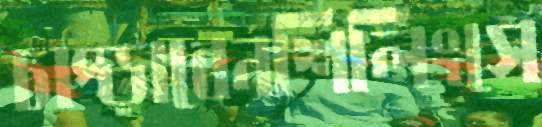
চাপ্‌ড়াবেনশিলিংসে